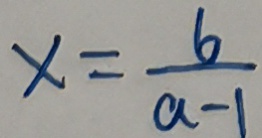
x = \frac { 6 } { a - 1 }